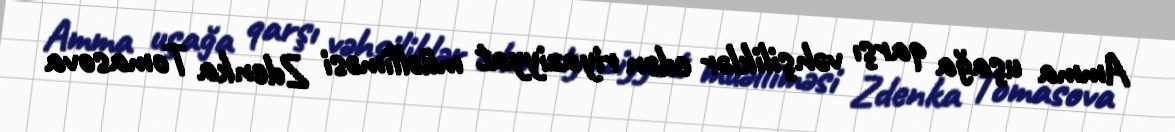
Amma uşağa qarşı vəhşiliklər edən riyaziyyat müəlliməsi Zdenka Tomasova